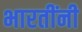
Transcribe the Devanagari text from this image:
भारतींनी